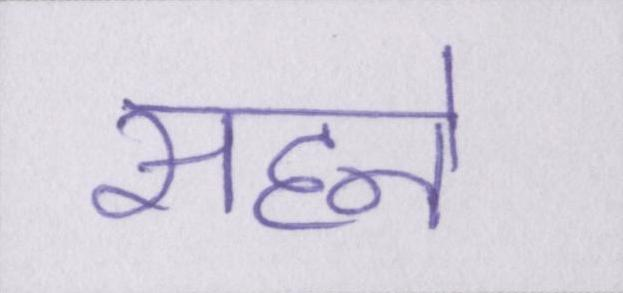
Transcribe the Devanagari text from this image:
सहने